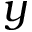
y